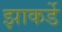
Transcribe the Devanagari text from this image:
झाकर्डे